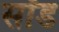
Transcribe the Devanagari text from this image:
सॉड